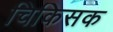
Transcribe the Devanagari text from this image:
चिकिसक